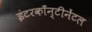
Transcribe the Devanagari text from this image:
इंटरकाँन्टीनेंटल